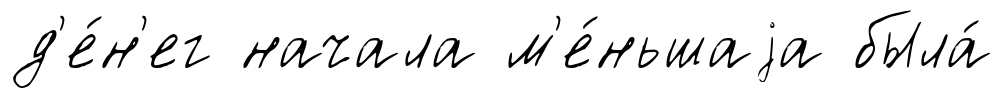
д'е́н'ег начала м'е́ньшаjа была́